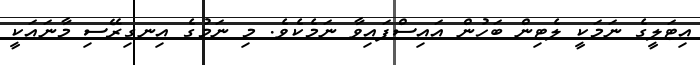
އިޓަލީގެ ނަމަކީ ލެޓިން ބަހުން އައިސްފައިވާ ނަމެކެވެ. މި ނަމުގެ އިނގިރޭސި މާނައަކީ